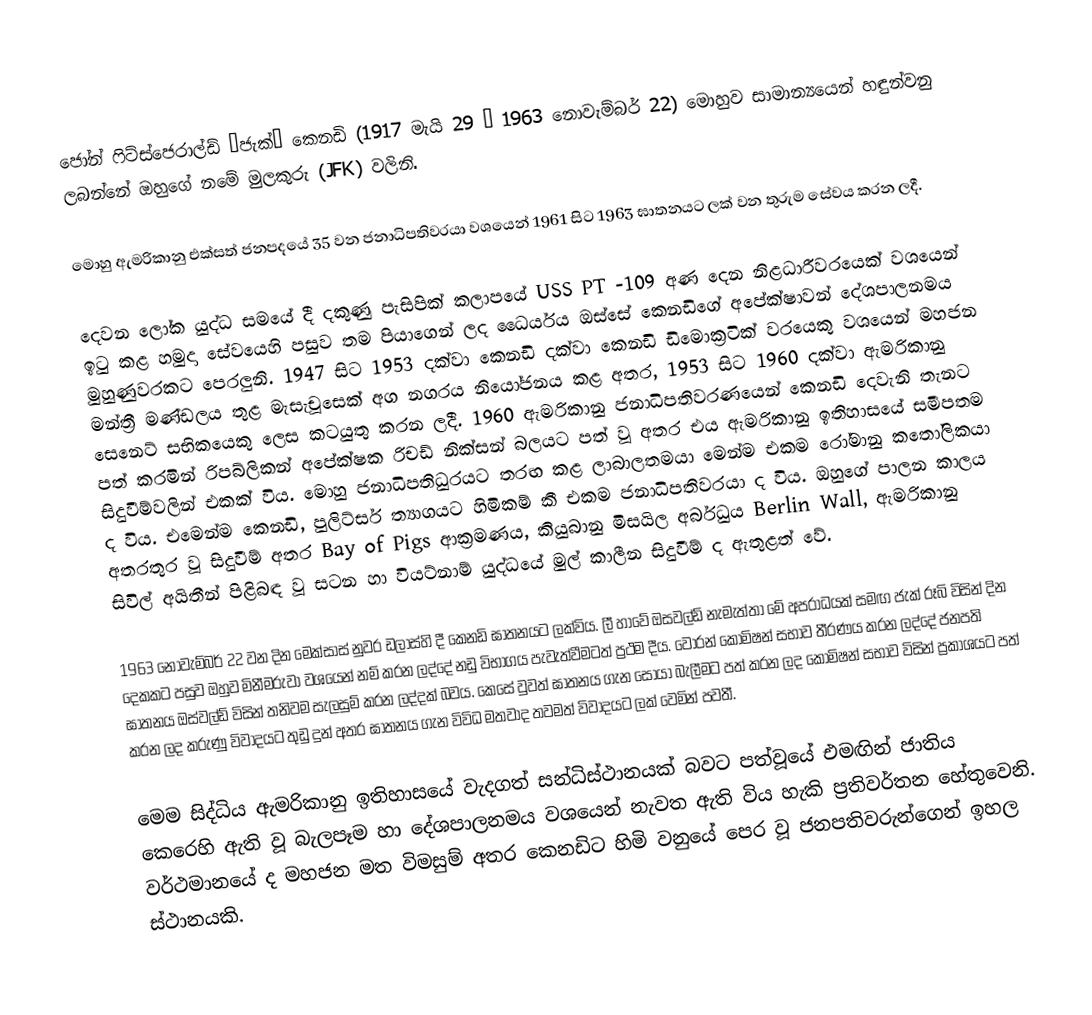
ජෝන් ෆිට්ස්‍ජෙරාල්ඩ් “ජැක්” කෙනඩි (1917 මැයි 29 – 1963 නොවැම්බර් 22) මොහුව සාමාන්‍යයෙන් හඳුන්වනු ලබන්නේ ඔහුගේ නමේ මුලකුරු (JFK) වලිනි.

මොහු ඇමරිකානු එක්සත් ජනපදයේ 35 වන ජනාධිපතිවරයා වශයෙන් 1961 සිට 1963 ඝාතනයට ලක් වන තුරුම සේවය කරන ලදී.

දෙවන ලෝක යුද්ධ සමයේ දී දකුණු පැසිපික් කලාපයේ USS PT -109 අණ දෙන නිළධාරීවරයෙක් වශයෙන් ඉටු කළ හමුදා සේවයෙහි පසුව තම පියාගෙන් ලද ‍ධෛර්යය ඔස්සේ කෙනඩිගේ අපේක්ෂාවන් දේශපාලනමය මුහුණුවරකට පෙරලුනි. 1947 සිට 1953 දක්වා කෙනඩි දක්වා කෙනඩි ඩිමොක්‍රටික් වරයෙකු වශයෙන් මහජන මන්ත්‍රී මණ්ඩලය තුළ මැසැචූසෙක් අග නගරය නියෝජනය කළ අතර, 1953 සිට 1960 දක්වා ඇමරිකානු සෙනෙට් සභිකයෙකු ලෙස කටයුතු කරන ලදී. 1960 ඇමරිකානු ජනාධිපතිවරණයෙන් කෙ‍නඩි දෙවැනි තැනට පත් කරමින් රිපබ්ලිකන් අපේක්ෂක ‍රිචඩ් නික්සන් බලයට පත් වූ අතර එය ඇමරිකානු ඉතිහාසයේ සමීපතම සිදුවීම්වලින් එකක් විය. මොහු ජනාධිපතිධුරයට තරඟ කළ ලාබාලතමයා මෙන්ම එකම රෝමානු කතෝලිකයා ද විය. එමෙන්ම කෙනඩි, පුලිට්සර් ත්‍යාගයට හිමිකම් කී එකම ජනාධිපතිවරයා ද විය. ඔහුගේ පාලන කාලය අතරතුර වූ සිදුවීම් අතර Bay of Pigs ආක්‍රමණය, කියුබානු මිසයිල අර්බුධය Berlin Wall, ඇමරිකානු සිවිල් අයිතීන් පිළිබඳ වූ සටන හා වියට්නාම් යුද්ධයේ මුල් කාලීන සිදුවීම් ද ඇතුළත් වේ.

1963 නොවැම්බර් 22 වන දින මෙක්සාස් නුවර ඩලාස්හි දී කෙනඩි ඝාතනයට ලක්විය. ලී හාවේ ඔසවල්ඩ් නැමැත්තා මේ අපරාධයක් සමඟ ජැක් රූබි විසින් දින දෙකකට පසුව ඔහුව මිනීමරුවා වශයෙන් නම් කරන ලද්දේ නඩු විභාගය පැවැත්වීමටත් ප්‍රථම දීය. වොරන් කොමිෂන් සභාව තීරණය කරන ලද්දේ ජනපති ඝාතනය ඔස්වල්ඩ් විසින් තනිවම සැලසුම් කරන ලද්දක් ‍බවය. කෙසේ වුවත් ඝාතනය ගැන සොයා බැලීමට පත් කරන ලද කොමිෂන් සභාව විසින් ප්‍රකාශයට පත් කරන ලද කරුණු විවාදයට තුඩු දුන් අතර ඝාතනය ගැන විවිධ මතවාද තවමත් විවාදයට ලක් වෙමින් පවතී.

මෙම සිද්ධිය ඇමරිකානු ඉතිහාසයේ වැදගත් සන්ධිස්ථානයක් බවට පත්වූයේ එමඟින් ජාතිය කෙරෙහි ඇති වූ බැලපෑම හා දේශපාලනමය වශයෙන් නැවත ඇති විය හැකි ප්‍රතිවර්තන හේතුවෙනි. වර්ථමානයේ ද මහජන මත විමසුම් අතර කෙනඩිට හිමි වනුයේ පෙර වූ ජනපතිවරුන්ගෙන් ඉහල ස්ථානයකි.